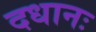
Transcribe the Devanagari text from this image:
दधानः